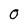
Character: 0